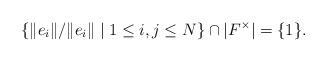
LaTeX: \begin{align*}\left\{\|e_i\|/\|e_i\|\mid 1\le i,j\le N\right\}\cap|F^\times|=\{1\}.\end{align*}